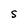
Character: S